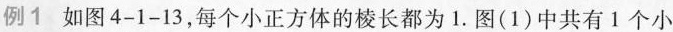
例1如图4-1-13，每个小正方体的棱长都为1.图(1)中共有1个小